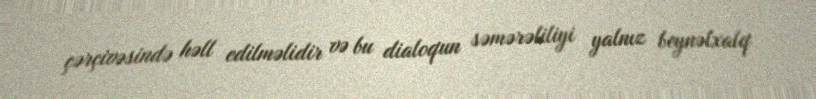
çərçivəsində həll edilməlidir və bu dialoqun səmərəliliyi yalnız beynəlxalq